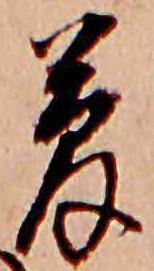
夢